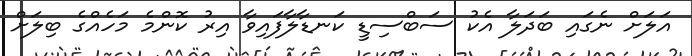
އަލަށް ނެގައި ބަދަލާ އެކު ސަބްސިޑީ ކަނޑާލާފައިވާ އިރު ކޮންމެ މަހެއްގެ ބިލަށް